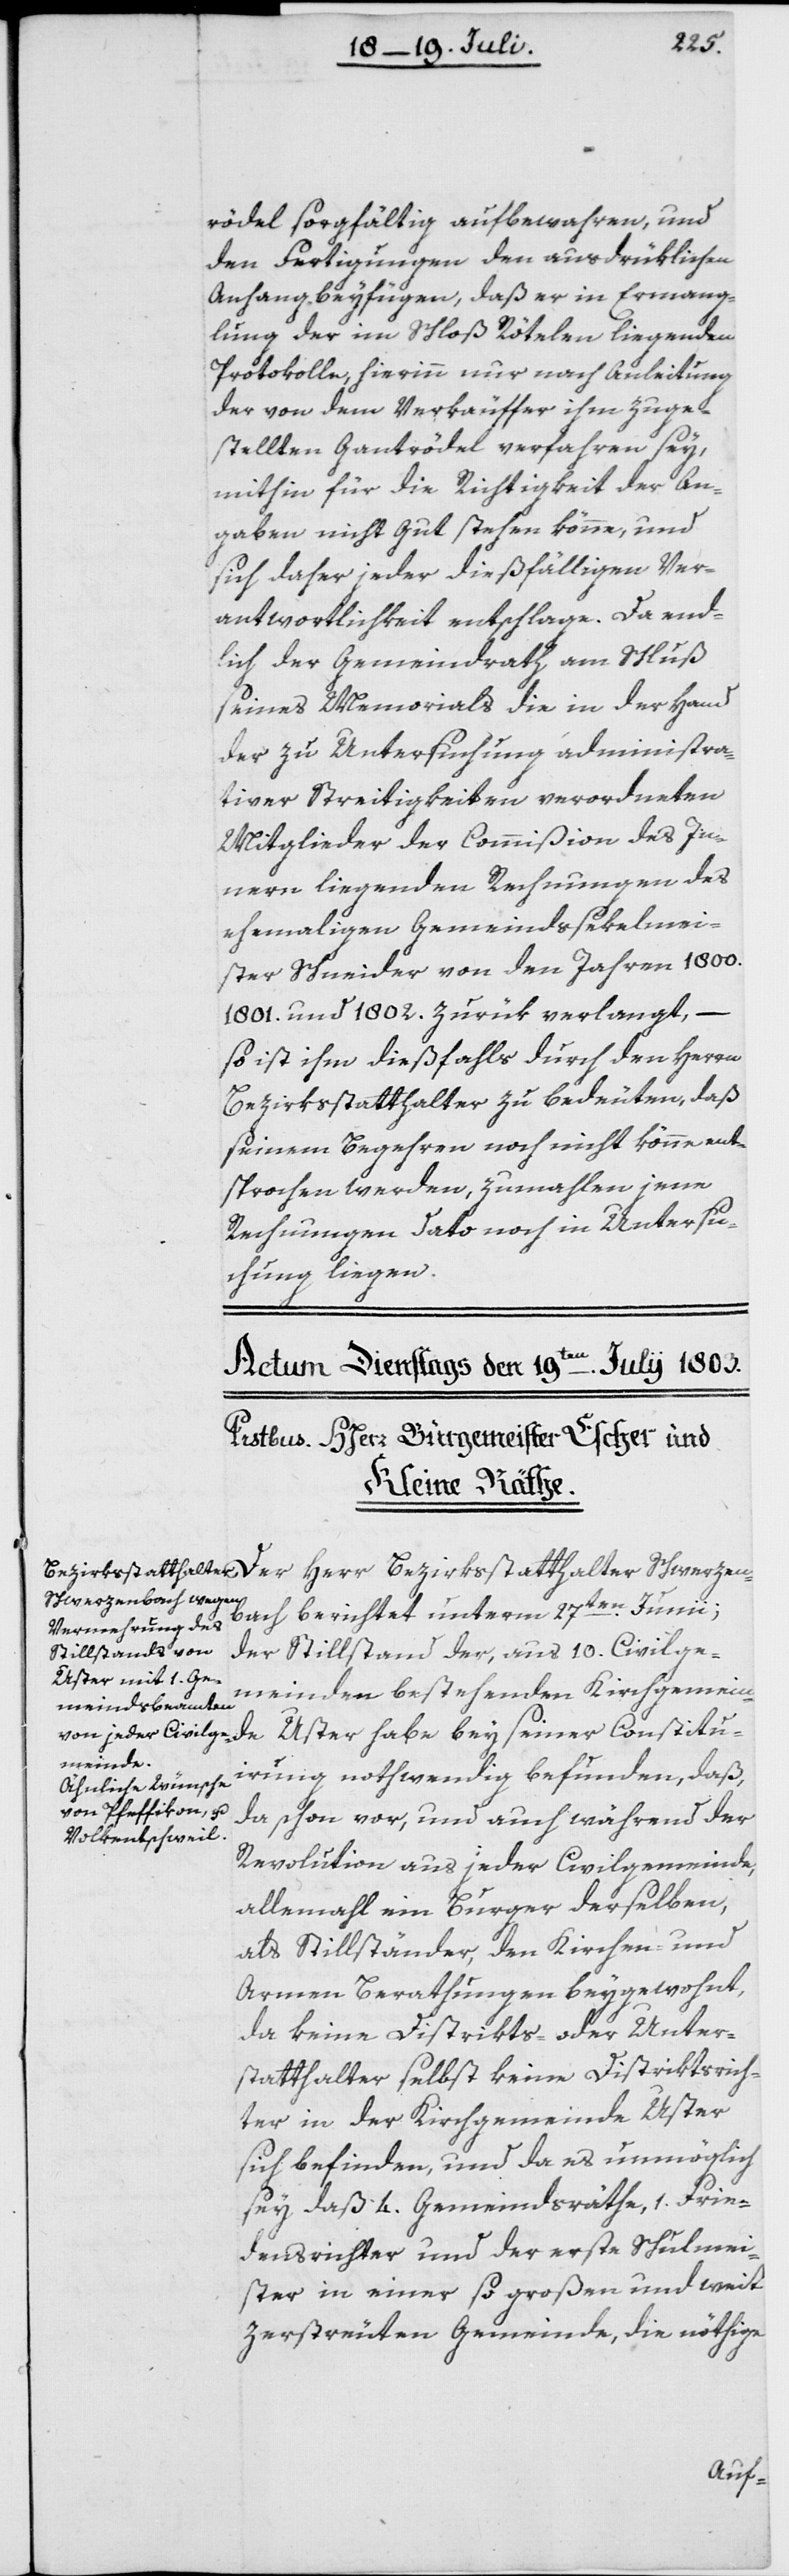
Schwerzen¬
rödel sorgfältig aufbewahren, und
den Fertigungen den ausdrüklichen
Anhang beyfügen, daß er in Ermang¬
lung der im Schloß Rötelen liegenden
Protokolle, hierinn nur nach Anleitung
der von dem Verkäuffer ihm zuge¬
stellten Gantrödel verfahren sey,
mithin für die Richtigkeit der An¬
gaben nicht gut stehen könne, und
sich daher jeder dießfälligen Ver¬
antwortlichkeit entschlage. Da end¬
lich der Gemeindrath am Schluß
seines Memorials die in der Hand
der zu Untersuchung administra¬
tiver Streitigkeiten verordneten
Mitglieder der Commißion des In¬
nern liegenden Rechnungen des
ehemaligen Gemeindssekelmei¬
ster Schneider von den Jahren 1800.
1801. und 1802 zurük verlangt, –
so ist ihm dießfalls durch den Herrn
Bezirksstatthalter zu bedeuten, daß
seinem Begehren noch nicht könne ent¬
sprochen werden, zumahlen jene
Rechnungen dato noch in Untersu¬
chung liegen.
bach berichtet unterm 27ten Junii;
der Stillstand der, aus 10. Civilge¬
meinden bestehenden Kirchgemein¬
de Uster habe bey seiner Constitu¬
irung nothwendig befunden, daß,
da schon vor, und auch während der
Revolution aus jeder Civilgemeinde,
allemahl ein Burger derselben,
als Stillständer, den Kirchen- und
Armen Berathungen beygewohnt,
da keine Disrtikts- oder Unter¬
statthalter selbst keine Distriktsrich¬
ter in der Kirchgemeinde Uster
sich befinden, und da es unmöglich
sey daß 4. Gemeindsräthe, 1. Frie¬
densrichter und der erste Schulmei¬
ster in einer so großen und weit
zerstreuten Gemeinde, die nöthige